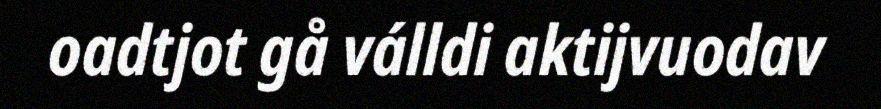
oadtjot gå válldi aktijvuodav